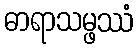
ဓာရာသမ္ဖဿံ